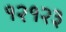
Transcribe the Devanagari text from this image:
१२१२३